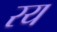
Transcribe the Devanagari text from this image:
रय